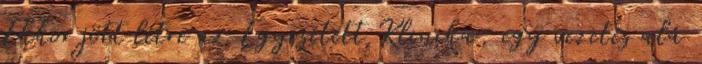
Ekkor jött létre az Egyesített Klinika, egy vezetés alá